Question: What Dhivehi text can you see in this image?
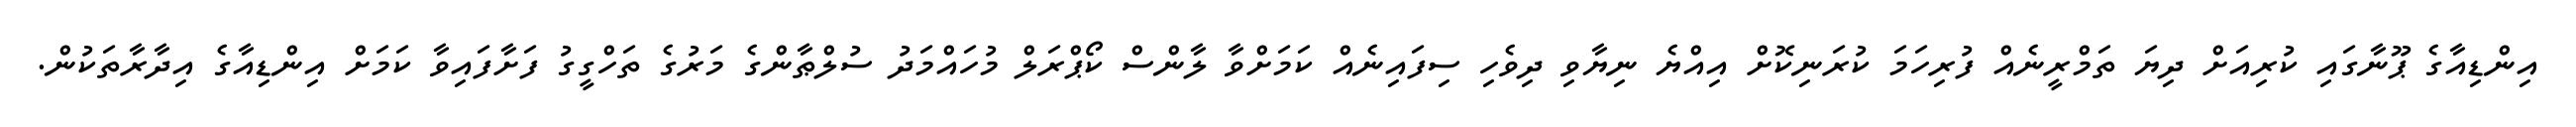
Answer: އިންޑިއާގެ ޕޫނާގައި ކުރިއަށް ދިޔަ ތަމްރީނެއް ފުރިހަމަ ކުރަނިކޮށް އިއްޔެ ނިޔާވި ދިވެހި ސިފައިނެއް ކަމަށްވާ ލާންސް ކޯޕްރަލް މުހައްމަދު ސުލްޠާންގެ މަރުގެ ތަހްގީގު ފަށާފައިވާ ކަމަށް އިންޑިއާގެ އިދާރާތަކުން.